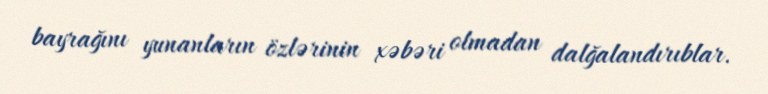
bayrağını yunanların özlərinin xəbəri olmadan dalğalandırıblar.